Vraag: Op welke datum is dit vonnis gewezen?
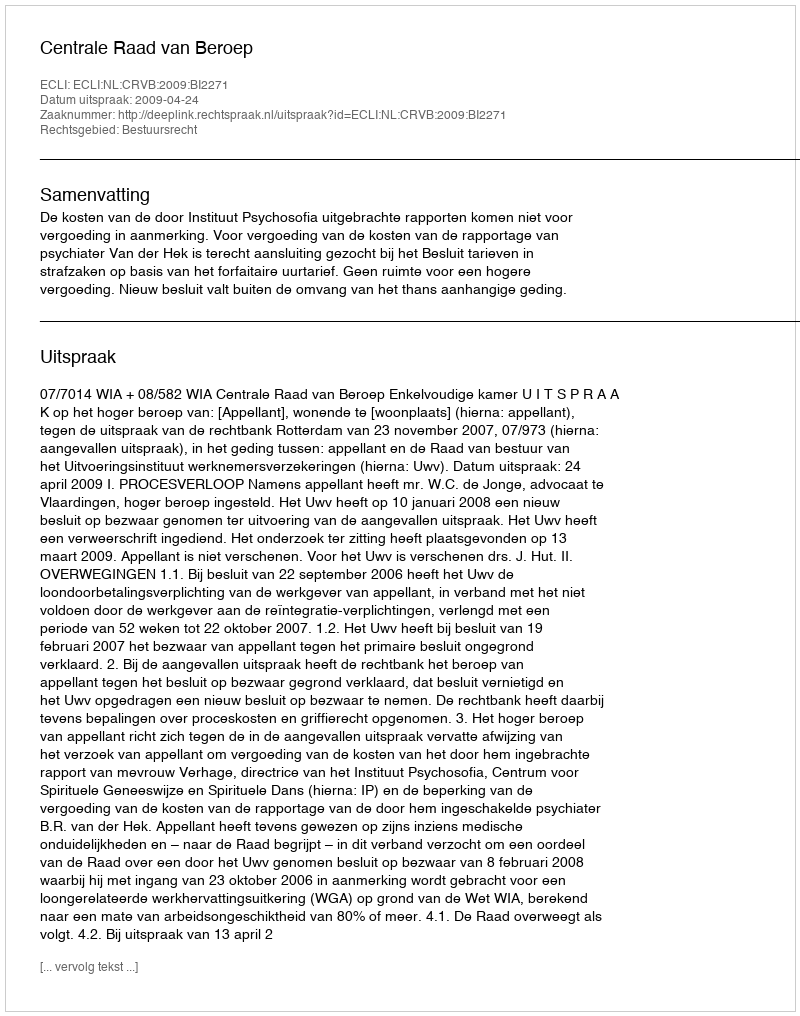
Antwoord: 2009-04-24